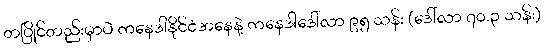
တပြိုင်တည်းမှာပဲ ကနေဒါနိုင်ငံအနေနဲ့ ကနေဒါဒေါ်လာ ၉၅ သန်း (ဒေါ်လာ ၇၀.၃ သန်း)